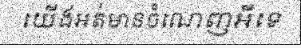
យើងអត់មានចំណេញអីទេ